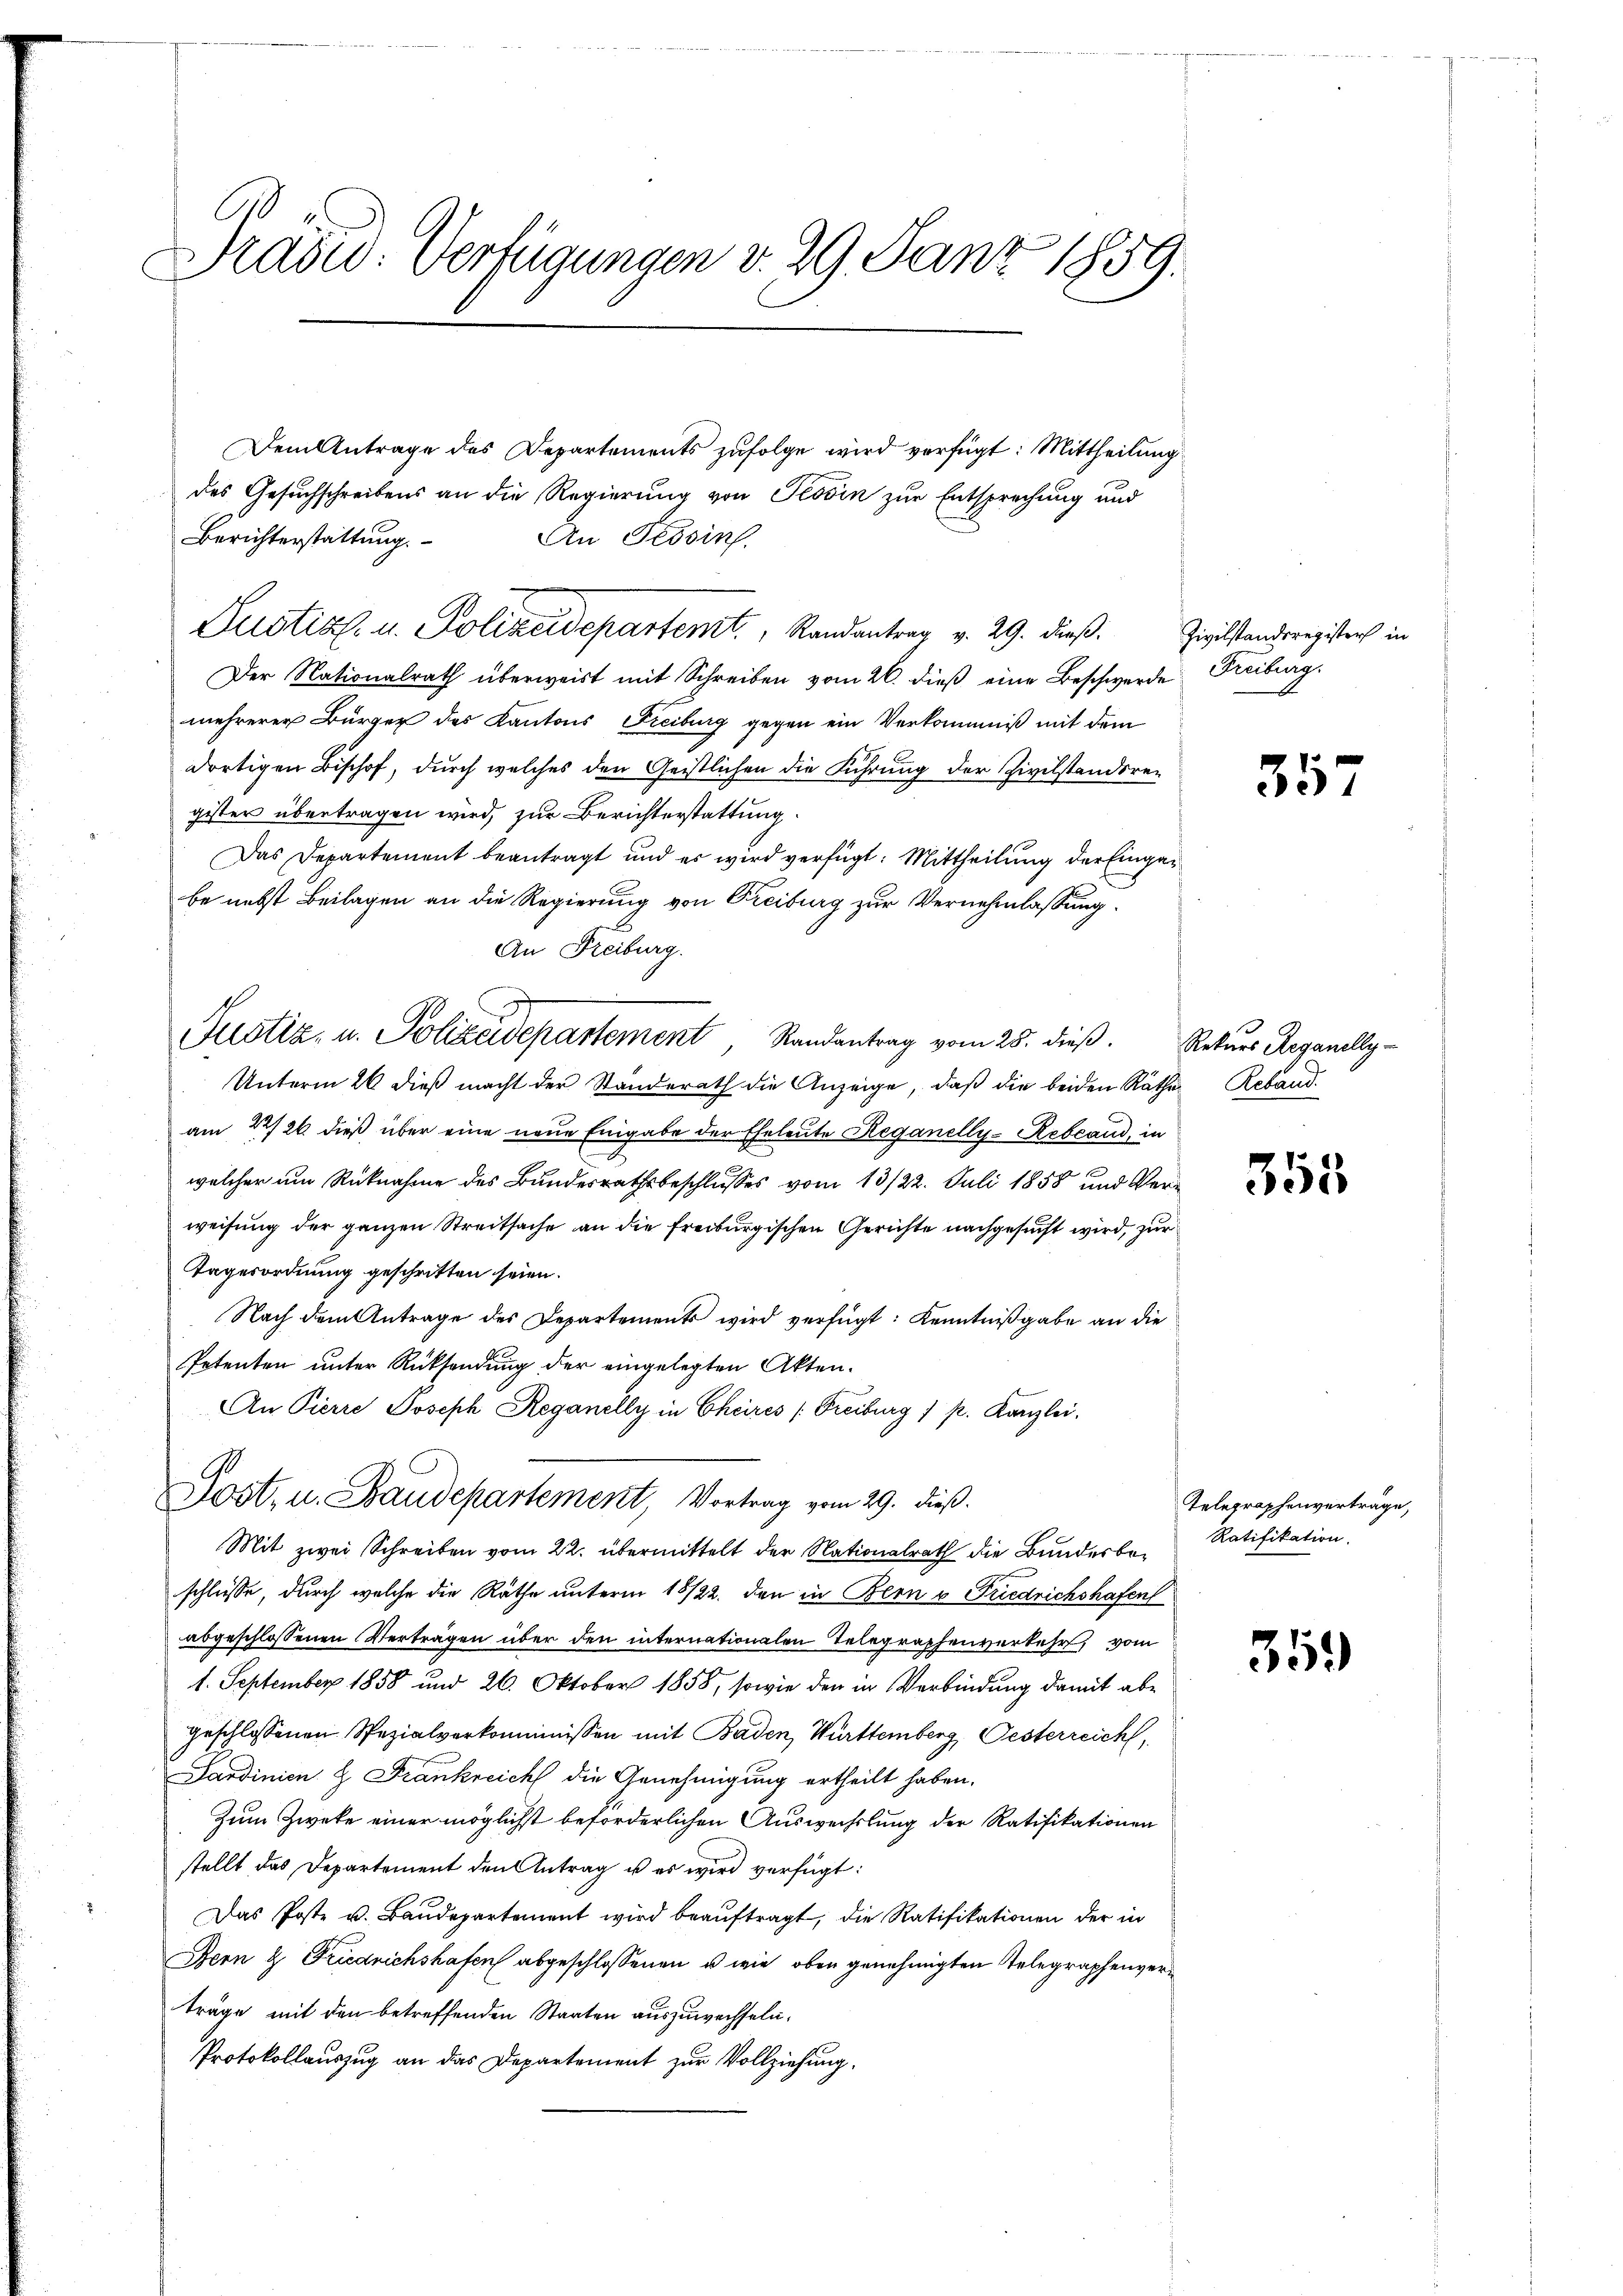
C
Präsid. Verfügungen d. 29. Janz 1859.

Dem Antrage des Departements zufolge wird verfügt: Mittheilung
des Gesuchschreibens an die Regierung von Tessin zur Entsprechung und
Berichterstattung.
An Tessin.
Justiz- u. Polizeidepartent, Randantrag v. 29. dieß. Zivilstandsregister in
Der Nationalrath überweist mit Schreiben vom 26. dieβ eine Beschwerde Freiburg.
mehrerer Bürger des Kantons Freiburg gegen ein Verkommniß mit dem
dortigen Bischof, durch welches den Geistlichen die Führung der Zivilstandsregister übertragen wird, zur Berichterstattung
Das Departement beantragt und es wird verfügt: Mittheilung der Eingabe nebst Beilagen an die Regierung von Freiburg zur Vernehmlassung.
An Freiburg.
Justiz- u. Polizeidepartement Randantrag vom 25. dieβ. Rekurs Berganelly-
Unterm 26. dieß macht der Standerath die Anzeige, daß die beiden Räthe Reband.
am 22/26. dieß über eine neue Eingabe der Eheleute Reganelly-Rebland, in
welcher um Rücknahme des Bundesrathsbeschlusses vom 13/22. Juli 1858 und Verweisung der ganzen Streitsache an die freiburgischen Gerichte nachgesucht wird, zur
Tagesordnung geschritten seien.
Nach dem Antrage des Departements wird verfügt: Kenntnißgabe an die
Petenten unter Rücksendung der eingelegten Akten.
An Pierre Joseph Reganelly in Cheires (Freiburg 1 p. Kanzlei.
Post, u. Staudepartement, Vortrag vom 29. dieß.
Mit zwei Schreiben vom 22. übermittelt der Nationalrath die Bundesbeschlüsse, durch welche die Räthe unterm 18/22. den in Bern v. Friedrichshafen
abgeschlossenen Verträgen über den internationalen Telegraphenverkehr, vom
1. September 1858 und 26. Oktober 1858, sowie den in Verbindung damit abe
geschlossenen Spezialverkommnissen mit Baden, Württemberg, Oesterreich,
Sardinien H. Frankreich die Genehmigung ertheilt haben.
Zum Zweke einer möglichst beförderlichen Auswechslung der Ratifikationen
stellt das Departement den Antrag u es wird verfügt:
Das Poste u. Baŭdepartement wird beaŭftragt, die Ratifikationen der in
Bern & Friedrichshafen abgeschlossenen u. wie oben genehmigten Telegraphenverträge mit den betreffenden Staaten auszuwechseln.
Protokollauszug an das Departement zur Vollziehung.

35

355

Telegraphenverträge,
Ratifikation.

35.